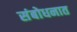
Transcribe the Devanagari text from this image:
संबोधनात